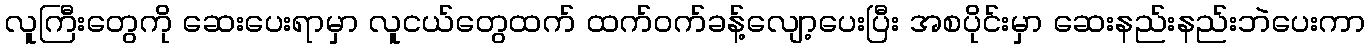
လူကြီးတွေကို ဆေးပေးရာမှာ လူငယ်တွေထက် ထက်ဝက်ခန့်လျော့ပေးပြီး အစပိုင်းမှာ ဆေးနည်းနည်းဘဲပေးကာ